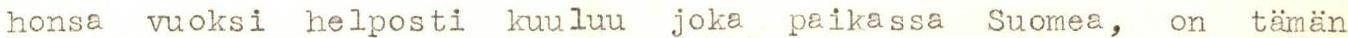
honsa vuoksi helposti kuuluu joka paikassa Suomea, on tämän